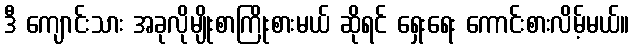
ဒီ ကျောင်းသား အခုလိုမျိုးစာကြိုးစားမယ် ဆိုရင် ရှေးရေး ကောင်းစားလိမ့်မယ်။